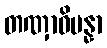
တဏှာဓိပန္နာ